Vaccination Hyderabad 1872-1889 - 1872-1889
Year: 1872
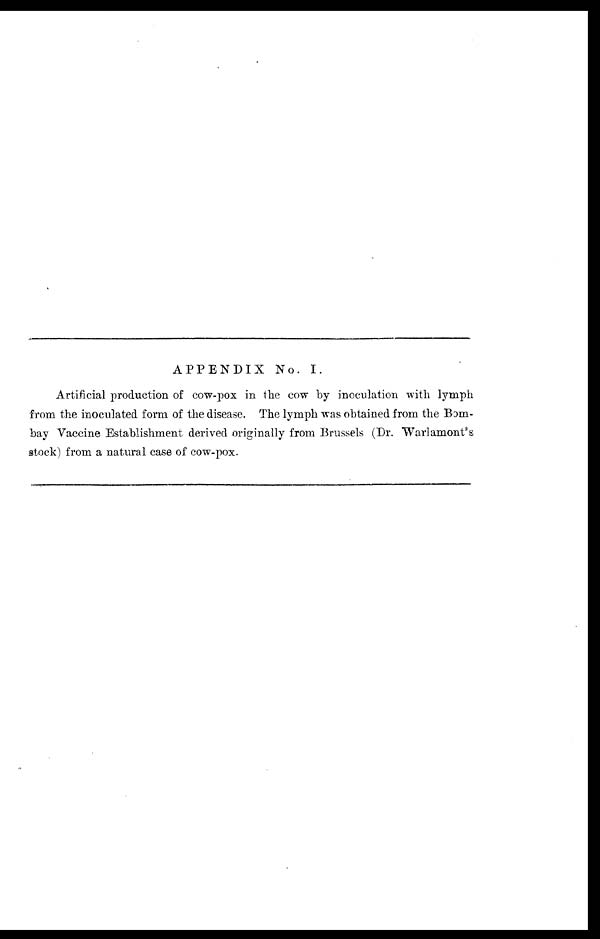
APPENDIX No. I.
Artificial production of cow-pox in the cow by inoculation with lymph
from the inoculated form of the disease. The lymph was obtained from the Bom-
bay Vaccine Establishment derived originally from Brussels (Dr. Warlamont's
stock) from a natural case of cow-pox.